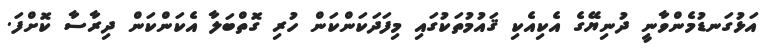
އަޅުގަނޑުމެންވާނީ ދުނިޔޭގެ އެކިއެކި ޤައުމުތަކުގައި މިފަދަކަންކަން ހުރި ގޮތްބަލާ އެކަންކަން ދިރާސާ ކޮށްފަ.